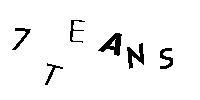
7TEANS